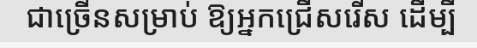
ជាច្រើនសម្រាប់ ឱ្យអ្នកជ្រើសរើស ដើម្បី